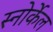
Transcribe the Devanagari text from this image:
स्नोर्केल